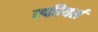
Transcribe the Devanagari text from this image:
स्फीयर्स